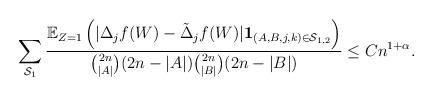
LaTeX: \begin{align*}\sum_{\mathcal{S}_1} \frac{\mathbb{E}_{Z=1}\left(|\Delta_jf(W)-\tilde{\Delta}_jf(W)|\mathbf{1}_{(A,B,j,k) \in \mathcal{S}_{1,2}}\right)}{\binom{2n}{|A|}(2n-|A|)\binom{2n}{|B|} (2n-|B|)} \leq C n^{1 + \alpha}.\end{align*}